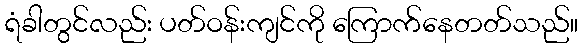
ရံခါတွင်လည်း ပတ်ဝန်းကျင်ကို ကြောက်နေတတ်သည်။